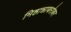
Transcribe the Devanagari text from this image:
मिष्ठान्नाबरोबर